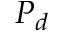
P _ { d }